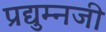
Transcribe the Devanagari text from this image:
प्रद्युम्नजी